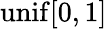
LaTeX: \mathrm{unif}[0,1]